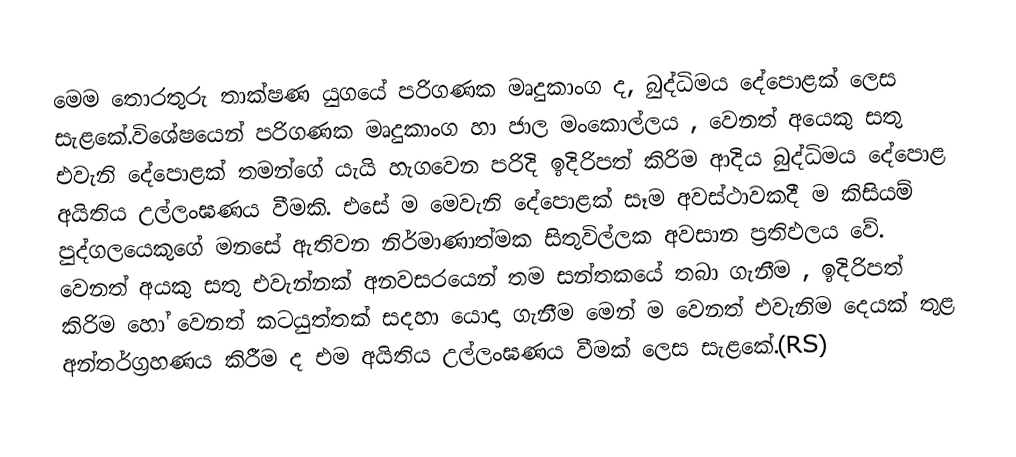
මෙම තොරතුරු තාක්ෂණ යුගයේ පරිගණක මෘදුකාංග ද, බුද්ධිමය දේපොළක් ලෙස සැළකේ.විශේෂයෙන් පරිගණක මෘදුකාංග හා ජාල මංකොල්ලය , වෙනත් අයෙකු සතු එවැනි දේපොළක් තමන්ගේ යැයි හැගවෙන පරිදි ඉදිරිපත් කිරිම ආදිය බුද්ධිමය දේපොළ අයිතිය උල්ලංඝණය වීමකි. එසේ ම මෙවැනි දේපොළක් සෑම අවස්ථාවකදී ම කිසියම් පුද්ගලයෙකුගේ මනසේ ඇතිවන නිර්මාණාත්මක සිතුවිල්ලක අවසාන ප්‍රතිඵලය වේ. වෙනත් අයකු සතු එවැන්නක් අනවසරයෙන් තම සන්තකයේ තබා ගැනීම , ඉදිරිපත් කිරිම හෝ වෙනත් කටයුත්තක් සදහා යොදා ගැනීම මෙන් ම වෙනත් එවැනිම දෙයක් තුළ අන්තර්ග්‍රහණය කිරීම ද එම අයිතිය උල්ලංඝණය වීමක් ලෙස සැළකේ.(RS)